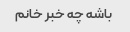
باشه چه خبر خانم